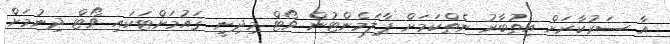
އާ ސަރުކާރަށް އިތުބާރު ނެތްކަމަށް ޕާލަމެންޓުން ވޯޓް މިދިނީ ޤައުމަށްޓަކައި ވޯޓް ދިނުމަށް